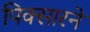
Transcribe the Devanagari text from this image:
पिक्सारने